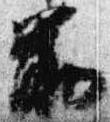
前